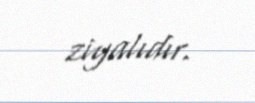
ziyalıdır.